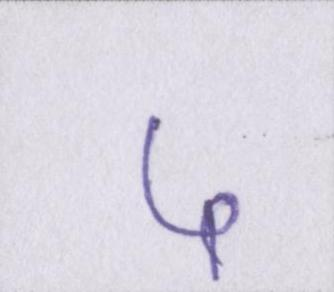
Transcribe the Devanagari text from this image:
५